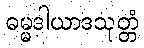
ဓမ္မဒါယာဒသုတ္တံ